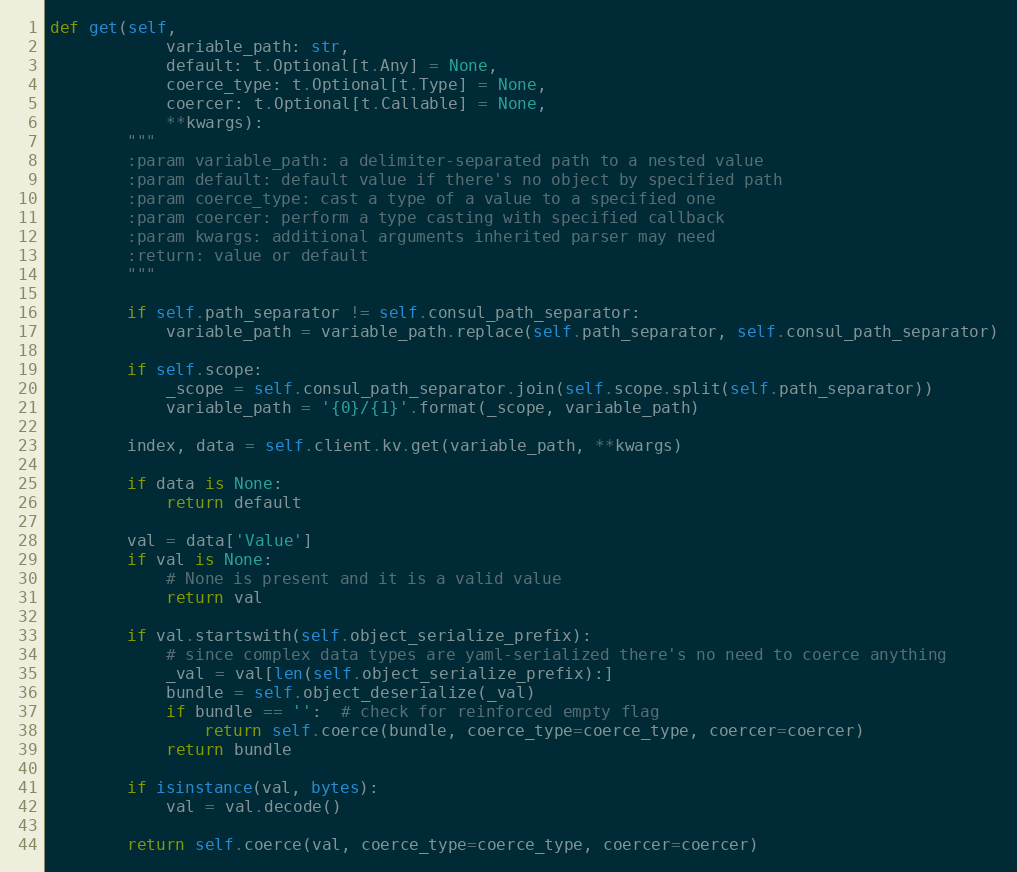
Language: Python
def get(self,
            variable_path: str,
            default: t.Optional[t.Any] = None,
            coerce_type: t.Optional[t.Type] = None,
            coercer: t.Optional[t.Callable] = None,
            **kwargs):
        """
        :param variable_path: a delimiter-separated path to a nested value
        :param default: default value if there's no object by specified path
        :param coerce_type: cast a type of a value to a specified one
        :param coercer: perform a type casting with specified callback
        :param kwargs: additional arguments inherited parser may need
        :return: value or default
        """

        if self.path_separator != self.consul_path_separator:
            variable_path = variable_path.replace(self.path_separator, self.consul_path_separator)

        if self.scope:
            _scope = self.consul_path_separator.join(self.scope.split(self.path_separator))
            variable_path = '{0}/{1}'.format(_scope, variable_path)

        index, data = self.client.kv.get(variable_path, **kwargs)

        if data is None:
            return default

        val = data['Value']
        if val is None:
            # None is present and it is a valid value
            return val

        if val.startswith(self.object_serialize_prefix):
            # since complex data types are yaml-serialized there's no need to coerce anything
            _val = val[len(self.object_serialize_prefix):]
            bundle = self.object_deserialize(_val)
            if bundle == '':  # check for reinforced empty flag
                return self.coerce(bundle, coerce_type=coerce_type, coercer=coercer)
            return bundle

        if isinstance(val, bytes):
            val = val.decode()

        return self.coerce(val, coerce_type=coerce_type, coercer=coercer)